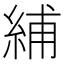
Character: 䋠